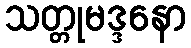
သတ္တုမဒ္ဒနော